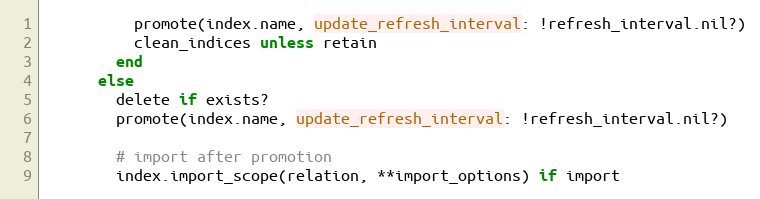
Language: Ruby
          promote(index.name, update_refresh_interval: !refresh_interval.nil?)
          clean_indices unless retain
        end
      else
        delete if exists?
        promote(index.name, update_refresh_interval: !refresh_interval.nil?)

        # import after promotion
        index.import_scope(relation, **import_options) if import